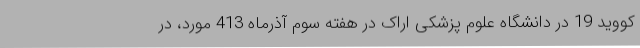
کووید 19 در دانشگاه علوم پزشکی اراک در هفته سوم آذرماه 413 مورد، در